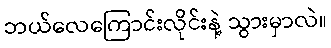
ဘယ်လေကြောင်းလိုင်းနဲ့ သွားမှာလဲ။